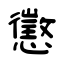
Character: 懲